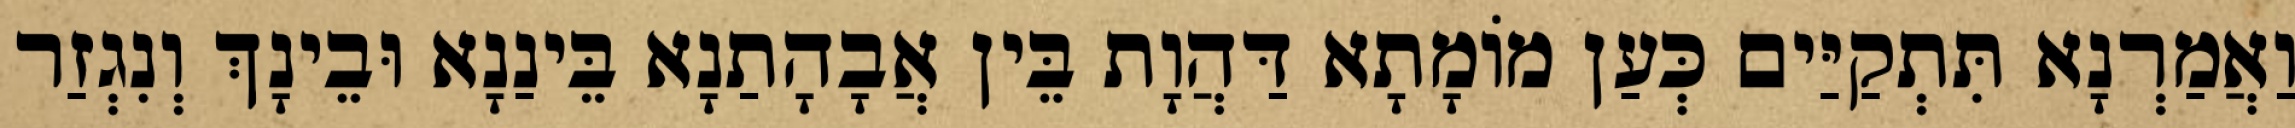
וַאֲמַרְנָא תִּתְקַיַּים כְּעַן מוֹמָתָא דַּהֲוָת בֵּין אֲבָהָתַנָא בֵּינַנָא וּבֵינָךְ וְנִגְזַר